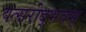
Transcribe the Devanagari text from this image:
वत्सरोद्भवम्